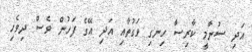
އަދި ސުނާމީ ކާރިސާ ހިނގި ވަގުތާއި އަދި އޭގެ ފަހުން ވެސް ދިވެހި